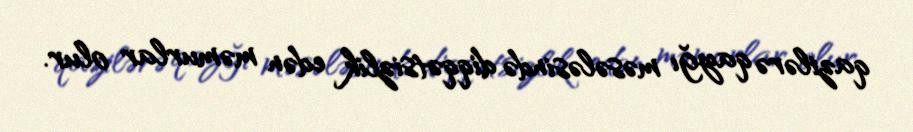
qazilərə qayğı məsələsində diqqətsizlik edən məmurlar olur.